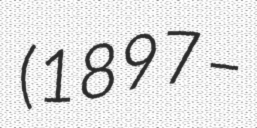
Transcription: (1897 –